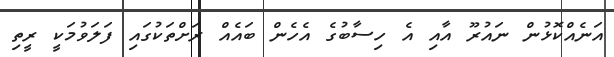
އަނެއްކޮޅުން ނައުރޫ އާއި އެ ހިސާބުގެ އެހެން ބައެއް ރަށްތަކުގައި ފަލަވުމަކީ ރީތި